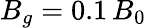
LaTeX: B_{g}=0.1\, B_{0}